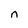
Character: n